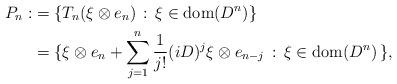
LaTeX: \begin{align*} P_n :&= \{ T_n (\xi \otimes e_n) \, : \, \xi \in \mathrm{dom}(D^n) \} \\ &= \{\xi \otimes e_n + \sum_{j=1}^n \frac{1}{j!} (iD)^j \xi \otimes e_{n-j}\, : \, \xi \in \mathrm{dom}(D^n) \,\} , \end{align*}